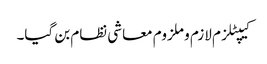
کیپٹلزم لازم و ملزوم معاشی نظام بن گیا۔